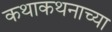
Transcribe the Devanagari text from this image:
कथाकथनाच्या